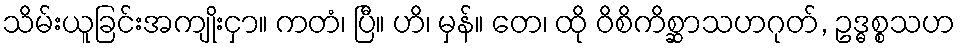
သိမ်းယူခြင်းအကျိုးငှာ။ ကတံ၊ ပြီ။ ဟိ၊ မှန်။ တေ၊ ထို ဝိစိကိစ္ဆာသဟဂုတ်, ဥဒ္ဓစ္စသဟ